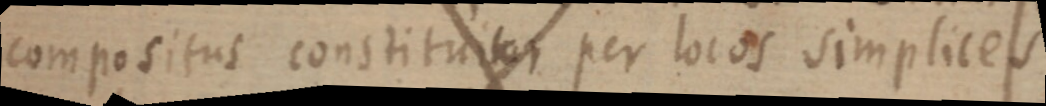
compositus constituitur per locos simplices